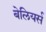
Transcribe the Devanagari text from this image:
बेलियर्स